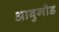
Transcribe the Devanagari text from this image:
आबुगौड